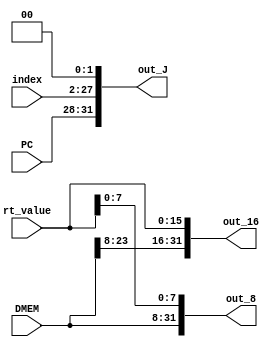
//
module Concatenater(
	input [31:8]DMEM,
	input [15:0]rt_value,
	input [31:28]PC,
	input [25:0]index,
	output [31:0]out_8,
	output [31:0]out_16,
	output [31:0]out_J
);
	assign out_8 = {DMEM[31:8], rt_value[7:0]};
	assign out_16 = {DMEM[31:16], rt_value[15:0]};
	assign out_J = {PC[31:28], index[25:0], 2'b0};
endmodule